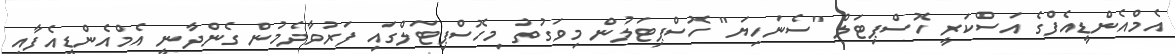
އެމްއެންޑީއެފްގެ އަސްކަރީ ހޮސްޕިޓަލް "ސެނަހިޔަ" ހޮސްޕިޓަލުން މިވަގުތު މިހޮސްޕިޓަލްގައި ފަރުވާދެމުން ގެންދާނީ އެމްއެންޑީއެފާއި